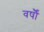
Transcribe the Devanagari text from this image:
वर्षौं